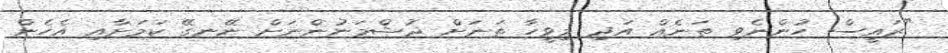
"ރައީސް ހުންނެވި ތަނެއް އަދި މިވީހާ ތަނަށް ދުޝްމަނުންނަށް ނޭނގޭ ކަމަށާއި އެހެން